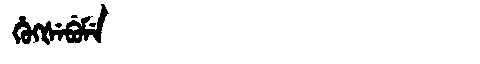
Manchu: ᡥᡠᡴᡧᡝᠪᡠᠮᡝ
Romanization: HUKŠEBUME